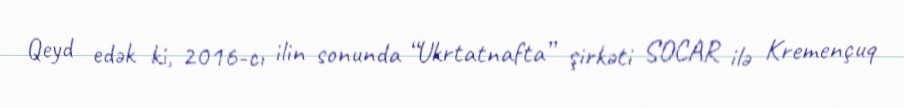
Qeyd edək ki, 2016-cı ilin sonunda “Ukrtatnafta” şirkəti SOCAR ilə Kremençuq